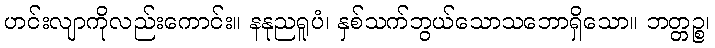
ဟင်းလျာကိုလည်းကောင်း။ နနုညရူပံ၊ နှစ်သက်ဘွယ်သောသဘောရှိသော။ ဘတ္တဉ္စ၊